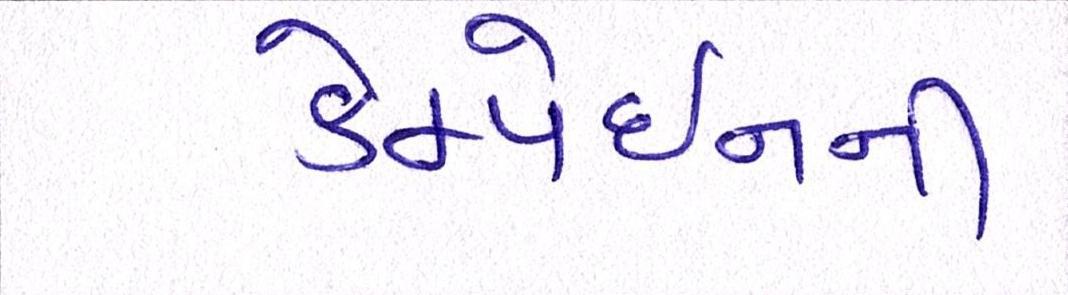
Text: કેમ્પેઇનની